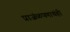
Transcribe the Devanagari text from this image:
प्राजंळपणाचंही